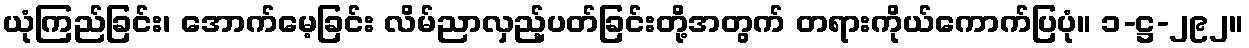
ယုံကြည်ခြင်း၊ အောက်မေ့ခြင်း လိမ်ညာလှည့်ပတ်ခြင်းတို့အတွက် တရားကိုယ်ကောက်ပြပုံ။ ၁-ဋ္ဌ-၂၉၂။